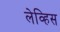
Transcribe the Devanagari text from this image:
लेव्हिस